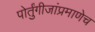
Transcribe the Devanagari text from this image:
पोर्तुंगीजांप्रमाणेच